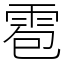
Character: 雹